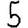
Digit: 5